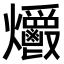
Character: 𤓡